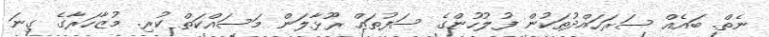
ނެތް. ބައެއް ސަރަހައްދުތަކުން ފުލުހުންގެ ސަފުތައް ރޫޅާލަން މަސައްކަތް ކުރި. މުޒާހަރާގެ ގިނަ